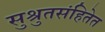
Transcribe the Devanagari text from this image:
सुश्रुतसंहितेत